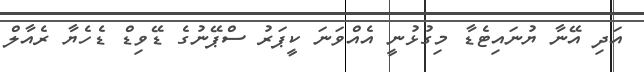
އަދި އޭނާ ޔުނައިޓެޑާ މިގުޅުނީ އެއްވަނަ ކީޕަރު ސްޕޭނުގެ ޑޭވިޑް ޑެހެޔާ ރެއާލް